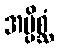
အပ္ပိစ္ဆံ